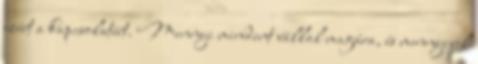
ezért a kapcsolatért. Mennyi mindent vállal magára, és mennyivel